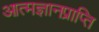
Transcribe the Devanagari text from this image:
आत्मज्ञानप्राप्ति